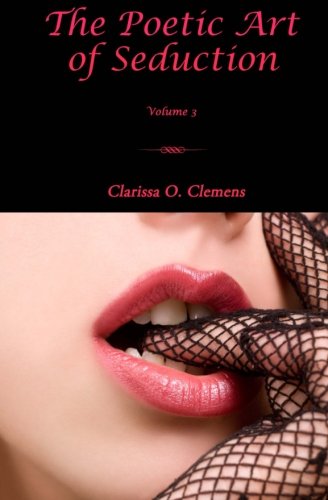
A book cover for The Poetic Art of Seduction - Volume 3; Clarissa O. Clemens; Romance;